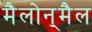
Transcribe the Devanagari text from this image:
मैलोन्‌मैल